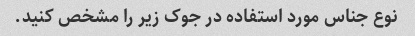
نوع جناس مورد استفاده در جوک زیر را مشخص کنید.